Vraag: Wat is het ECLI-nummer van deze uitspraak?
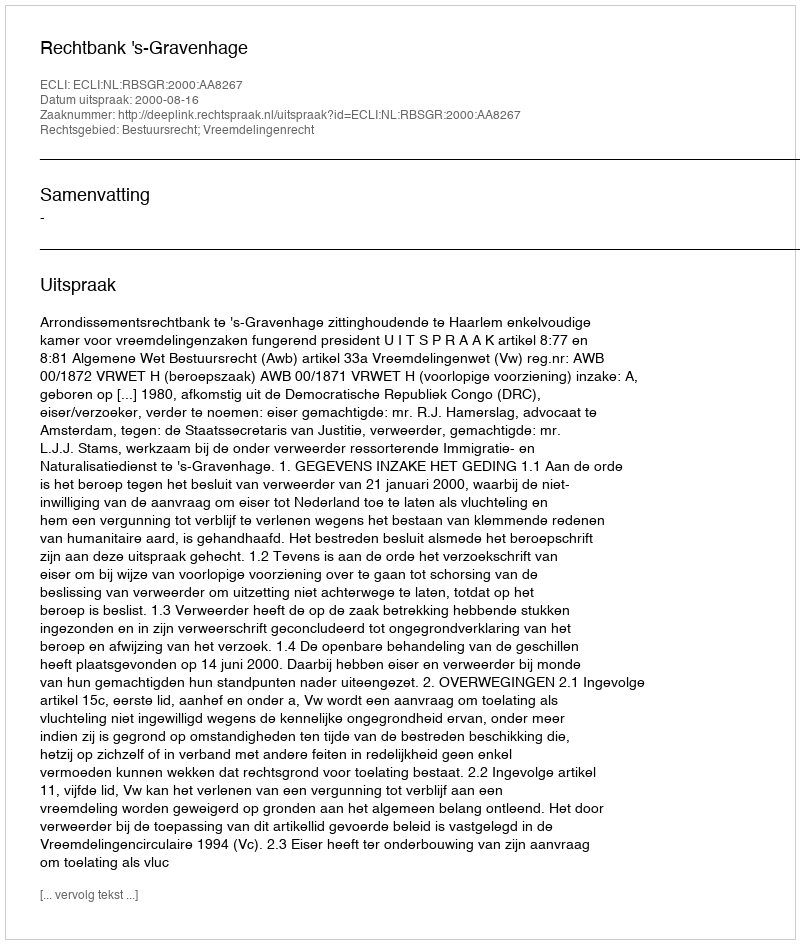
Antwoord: ECLI:NL:RBSGR:2000:AA8267